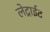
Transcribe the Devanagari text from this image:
लेट्राईट